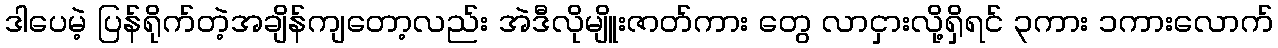
ဒါပေမဲ့ ပြန်ရိုက်တဲ့အချိန်ကျတော့လည်း အဲဒီလိုမျိူးဇာတ်ကား တွေ လာငှားလို့ရှိရင် ၃ကား ၁ကားလောက်